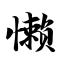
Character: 懒